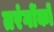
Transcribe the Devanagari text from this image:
तरंगोंको